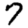
Digit: 7